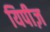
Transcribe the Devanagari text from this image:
यिपीज़